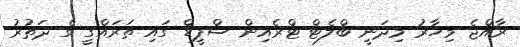
ރާއްޖެ މިހާރު މިދަނީ ބްލެޓް ޓްރެެއިން ސްޕީޑް ގައި ތަރައްގީ ގެ ދަތުރު